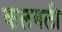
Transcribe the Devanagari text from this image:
कलबली